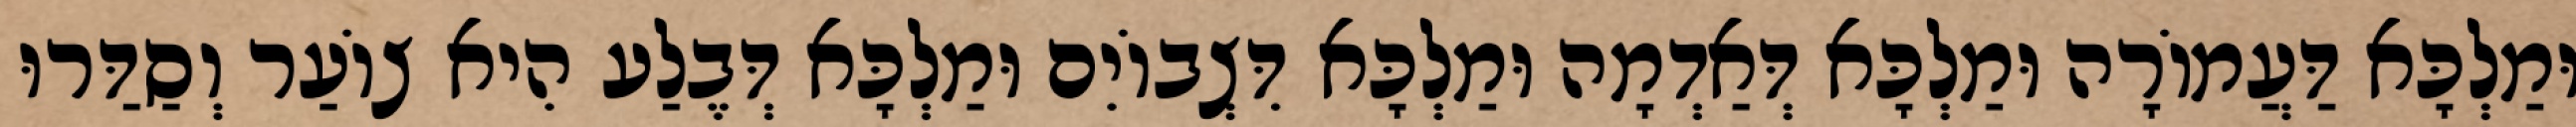
וּמַלְכָּא דַּעֲמוֹרָה וּמַלְכָּא דְּאַדְמָה וּמַלְכָּא דִּצְבוֹיִם וּמַלְכָּא דְּבֶלַע הִיא צוֹעַר וְסַדַּרוּ